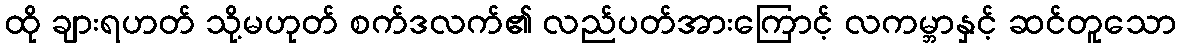
ထို ချားရဟတ် သို့မဟုတ် စက်ဒလက်၏ လည်ပတ်အားကြောင့် လကမ္ဘာနှင့် ဆင်တူသော